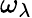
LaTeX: \omega_{\lambda}